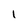
Character: l